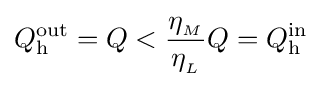
Q_{\text{h}}^{\text{out}}=Q<{\frac {\eta _{_{M}}}{\eta _{_{L}}}}Q=Q_{\text{h}}^{\text{in}}